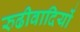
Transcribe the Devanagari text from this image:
रुढीवादियों